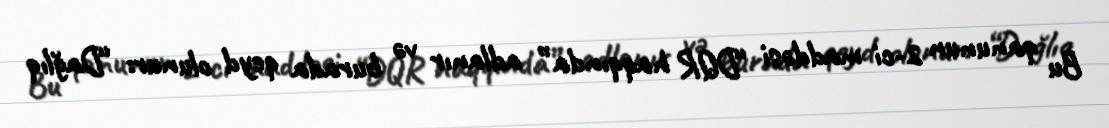
Bu qanunun 2-ci maddəsi “DQR haqqında” adlanır və burada qeyd olunur: “Dağlıq